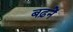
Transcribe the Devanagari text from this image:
बढ़नें